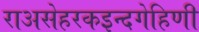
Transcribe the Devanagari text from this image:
राअसेहरकइन्दगेहिणी